Elephants and their diseases
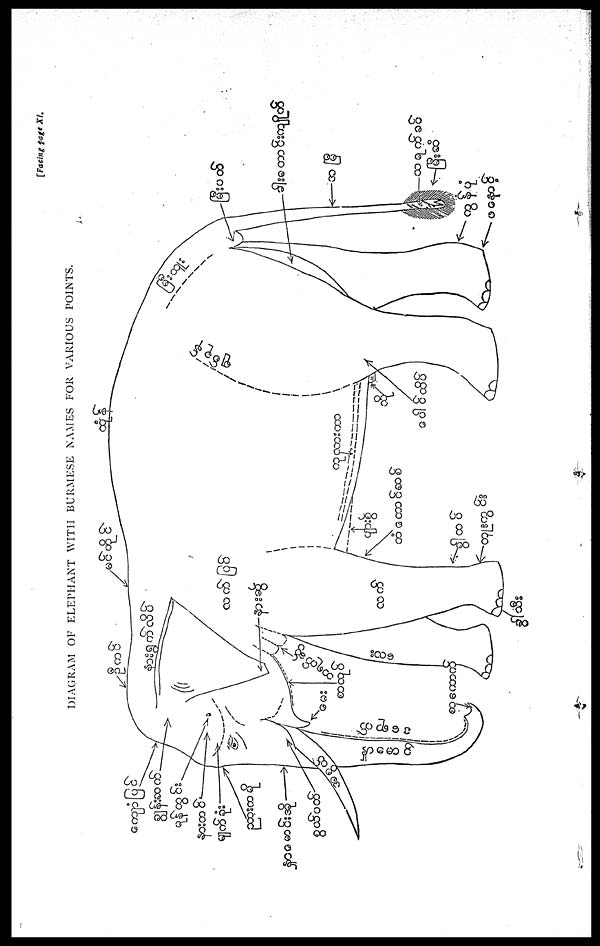
[Facing page XI.
DIAGRAM OF ELEPHANT WITH BURMESE NAMES FOR VARIOUS POINTS.